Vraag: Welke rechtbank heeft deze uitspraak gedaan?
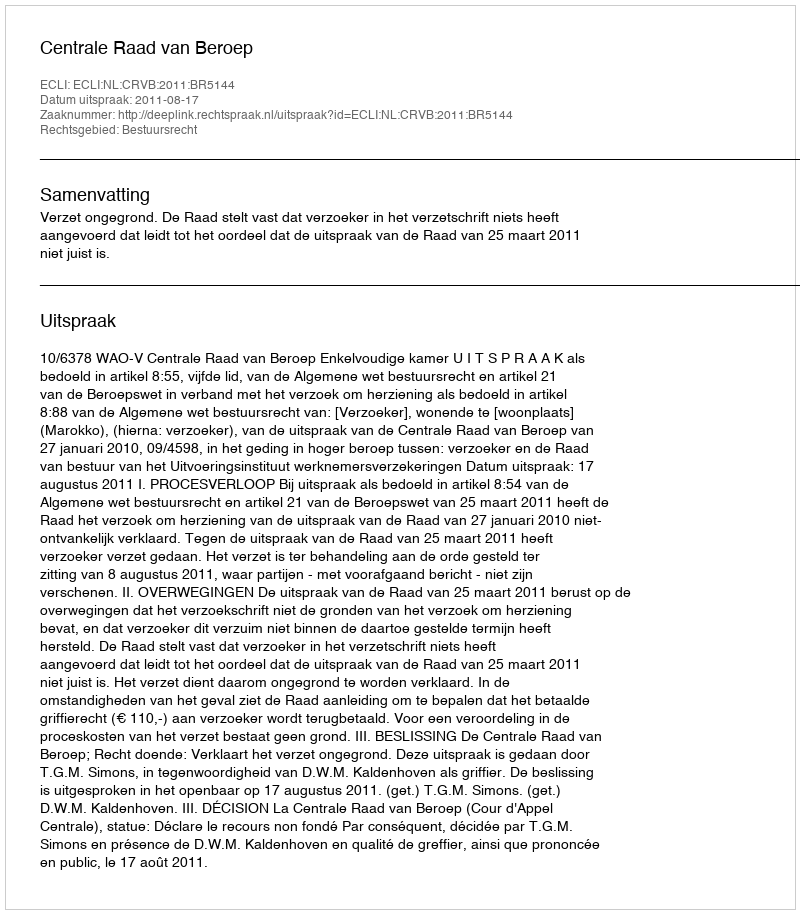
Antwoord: Centrale Raad van Beroep